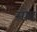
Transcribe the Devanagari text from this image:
मोढ